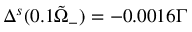
\Delta ^ { s } ( 0 . 1 \Tilde { \Omega } _ { - } ) = - 0 . 0 0 1 6 Γ